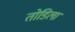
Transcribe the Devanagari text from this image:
तोडिला